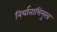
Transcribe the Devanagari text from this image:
निर्याताभिमुख